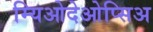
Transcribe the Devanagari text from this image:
म्यिओदेओप्सिअ